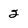
Character: 2